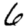
Digit: 6